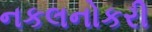
નકલનોકરી